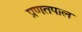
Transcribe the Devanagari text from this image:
प्रणतपाल